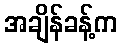
အချိန်ခန့်က